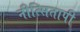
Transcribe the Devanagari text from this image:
नीत्सितापी